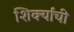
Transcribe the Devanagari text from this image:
शिर्क्यांची